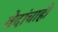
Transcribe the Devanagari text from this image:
वेदांचाही